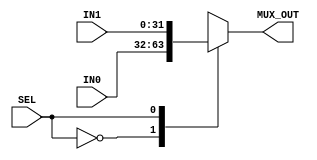
`timescale 1ns / 1ps
module mux2_1(IN0, IN1, SEL, MUX_OUT);
    input [31:0] IN0, IN1;
    input SEL;
    output [31:0] MUX_OUT;
    reg [31:0] MUX_OUT;
    
    always @ (*)
        case(SEL)
            0: MUX_OUT = IN0;
            1: MUX_OUT = IN1;
        endcase
endmodule